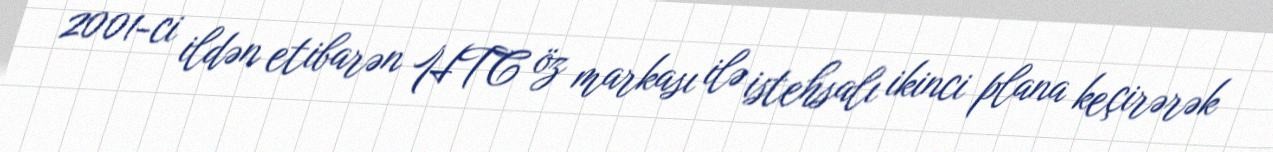
2001-ci ildən etibarən HTC öz markası ilə istehsalı ikinci plana keçirərək